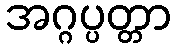
အဂ္ဂပ္ပတ္တာ